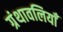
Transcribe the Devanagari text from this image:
ग्रंथावलियाँ